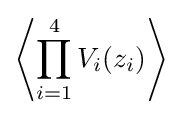
\left\langle \prod _{i=1}^{4}V_{i}(z_{i})\right\rangle